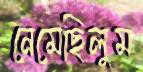
নেমেছিলুম